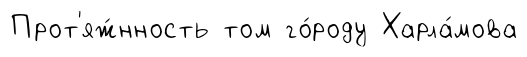
Прот'яж́нность том го́роду Харла́мова